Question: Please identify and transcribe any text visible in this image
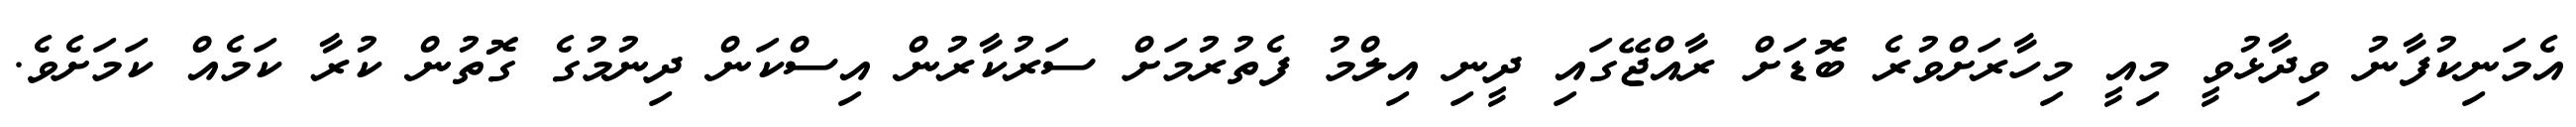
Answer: އެމަނިކުފާނު ވިދާޅުވީ މިއީ މިހާރަށްވުރެ ބޮޑަށް ރާއްޖޭގައި ދީނި އިލްމު ފެތުރުމަށް ސަރުކާރުން އިސްކަން ދިނުމުގެ ގޮތުން ކުރާ ކަމެއް ކަމަށެވެ.